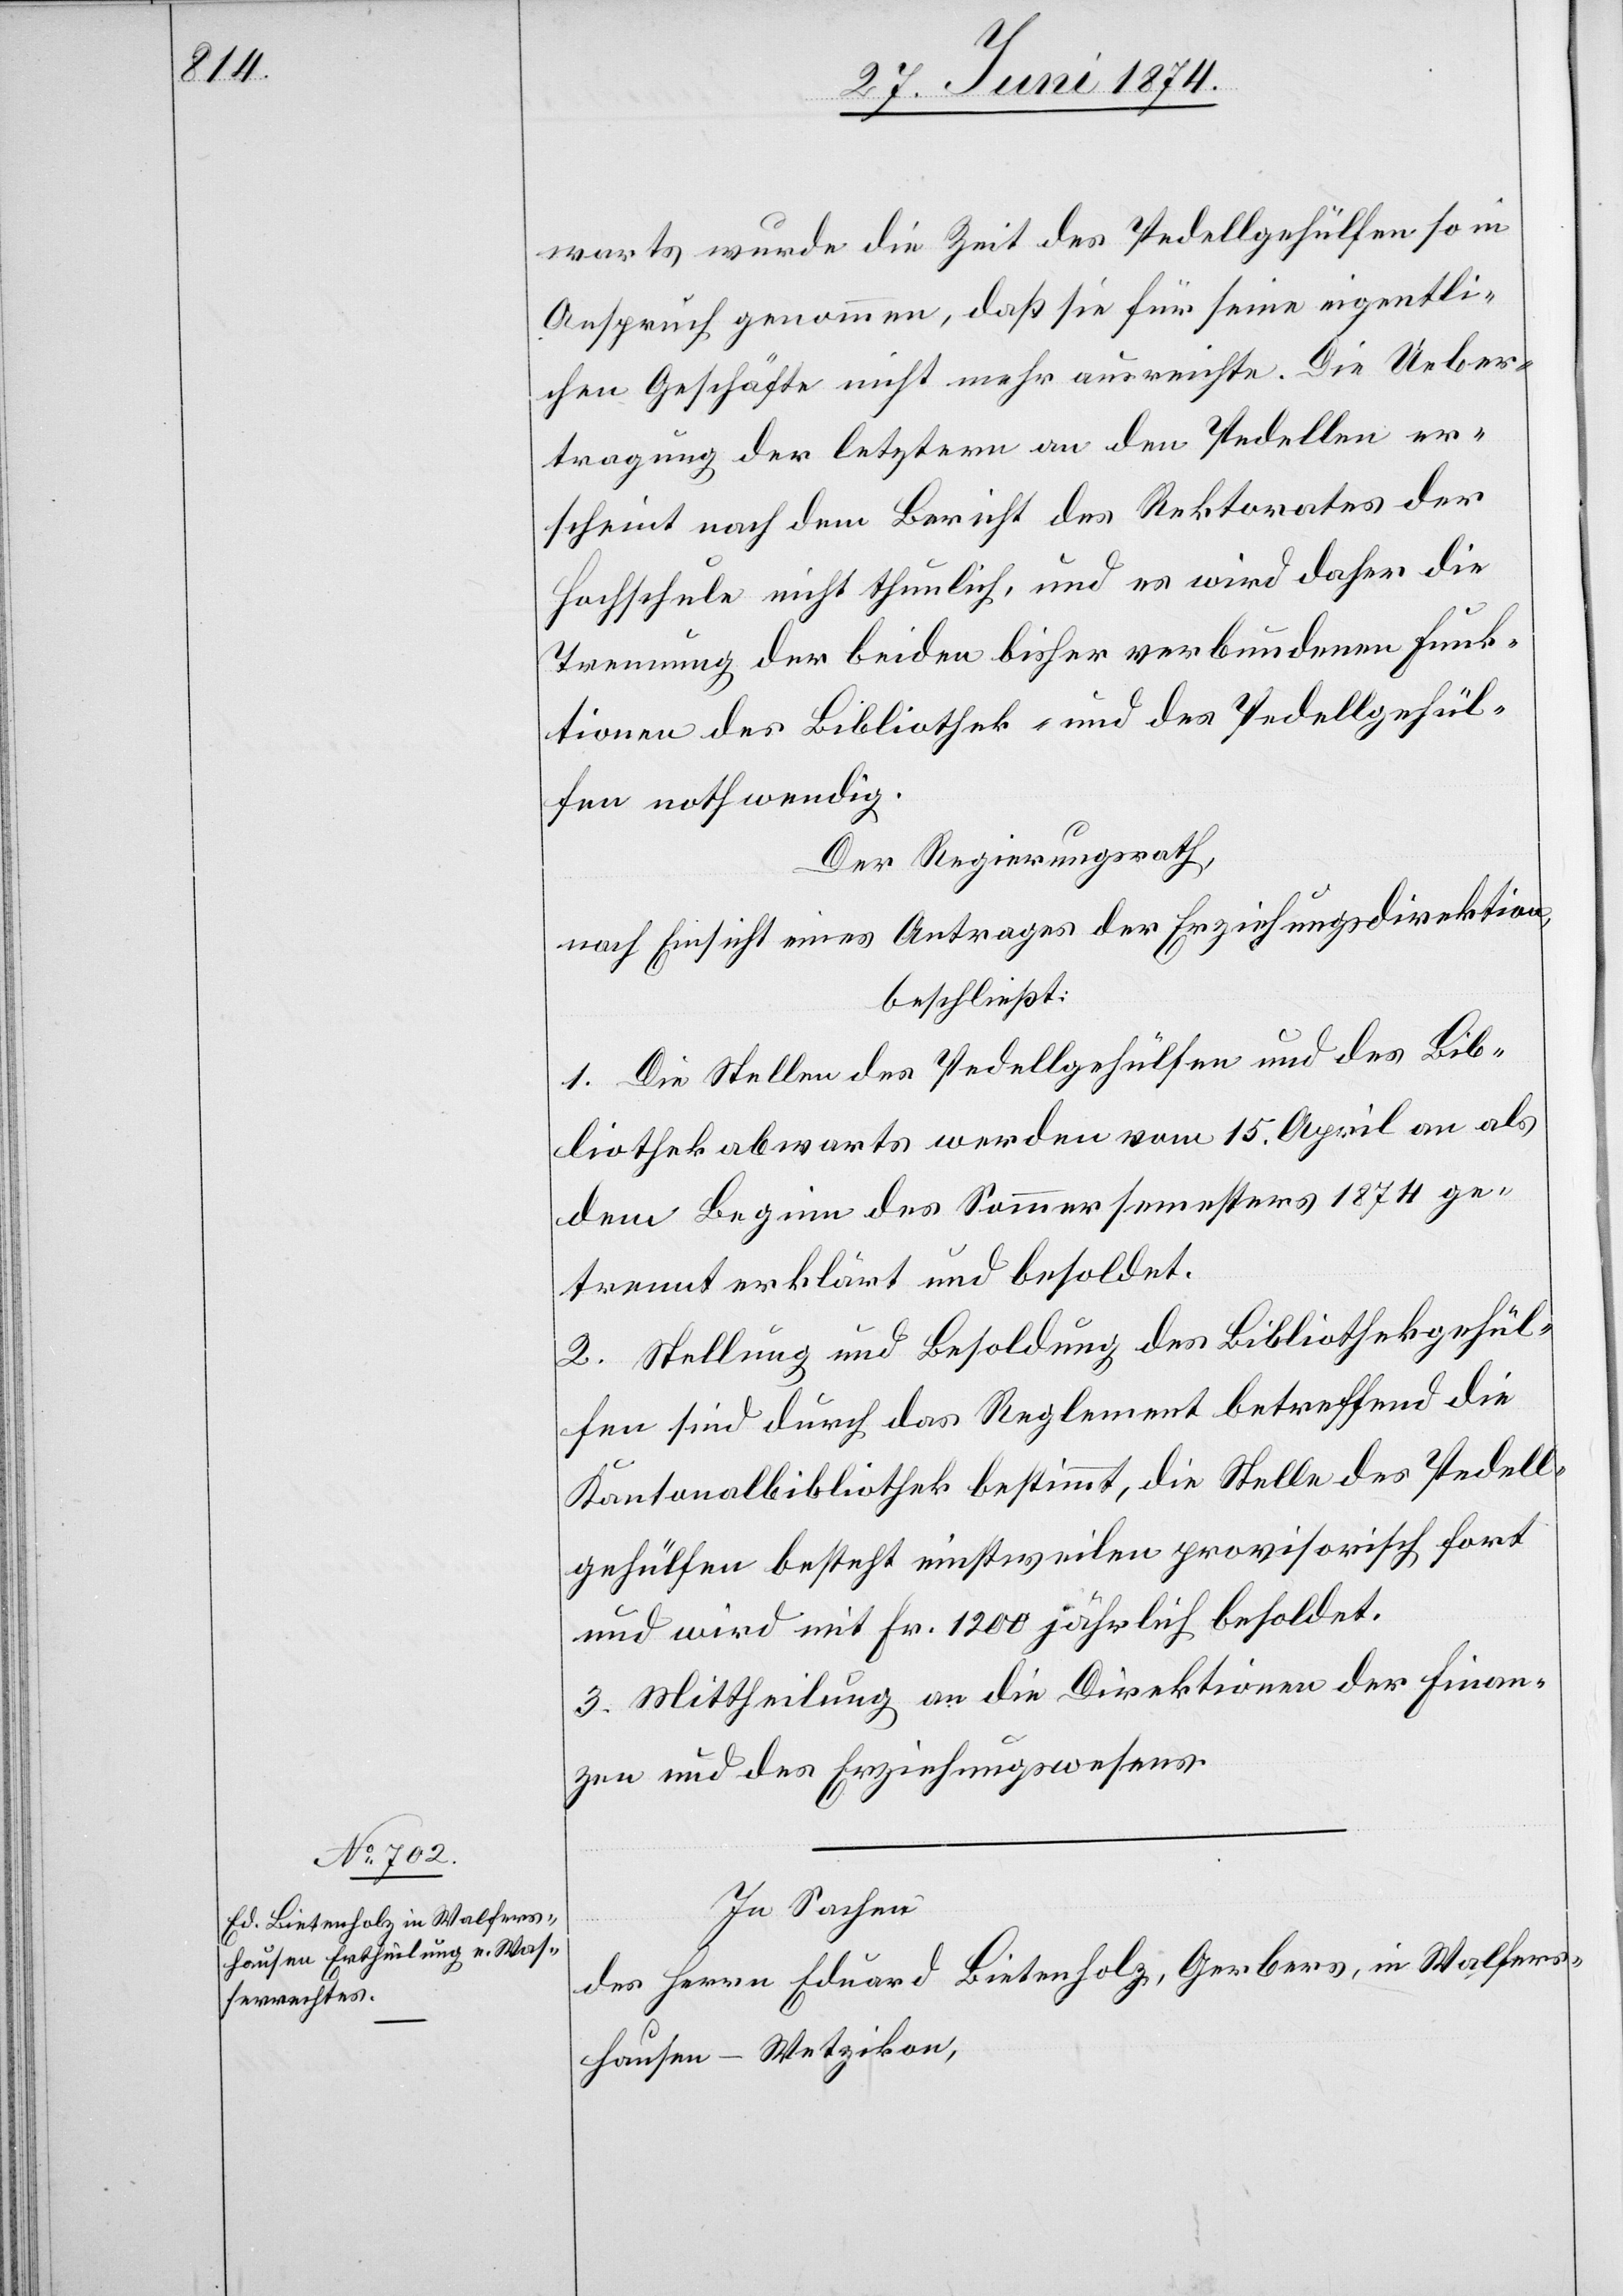
warts wurde die Zeit des Pedellgehülfen so in
Anspruch genommen, daß sie für seine eigentli¬
chen Geschäfte nicht mehr ausreichte. Die Ueber¬
tragung der letztern an den Pedellen er¬
scheint nach dem Bericht des Rektorates der
Hochschule nicht thunlich, und es wird daher die
Trennung der beiden bisher verbundenen Funk¬
tionen des Bibliothek- und des Pedellgehül¬
fen nothwendig.
Der Regierungsrath,
nach Einsicht eines Antrages der Erziehungsdirektion,
beschließt:
1. Die Stellen des Pedellgehülfen und des Bib¬
liothekabwarts werden vom 15. April an als
dem Beginn des Sommersemesters 1874 ge¬
trennt erklärt und besoldet.
2. Stellung und Besoldung des Bibliothekgehül¬
fen sind durch das Reglement betreffend die
Kantonalbibliothek bestimmt, die Stelle des Pedell¬
gehülfen besteht einstweilen provisorisch fort
und wird mit Fr. 1200 jährlich besoldet.
3. Mittheilung an die Direktionen der Finan¬
zen und des Erziehungswesens.
In Sachen
des Herrn Eduard Bietenholz, Gerbers, in Walfers¬
hausen-Wetzikon,